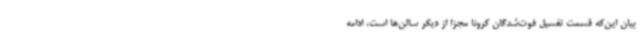
بیان این‌که قسمت تغسیل فوت‌شدگان کرونا مجزا از دیگر سالن‌ها است، ادامه